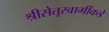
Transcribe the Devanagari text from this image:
श्रीसेतूस्वामींकडे